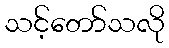
သင့်တော်သလို